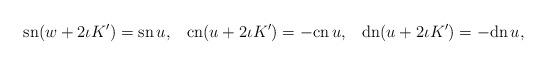
LaTeX: \begin{align*}\mbox{sn}(w+2\iota K')= \mbox{sn}\,u,\;\;\;\mbox{cn}(u+2\iota K')= -\mbox{cn}\,u,\;\;\;\mbox{dn}(u+2\iota K')= -\mbox{dn}\,u,\end{align*}